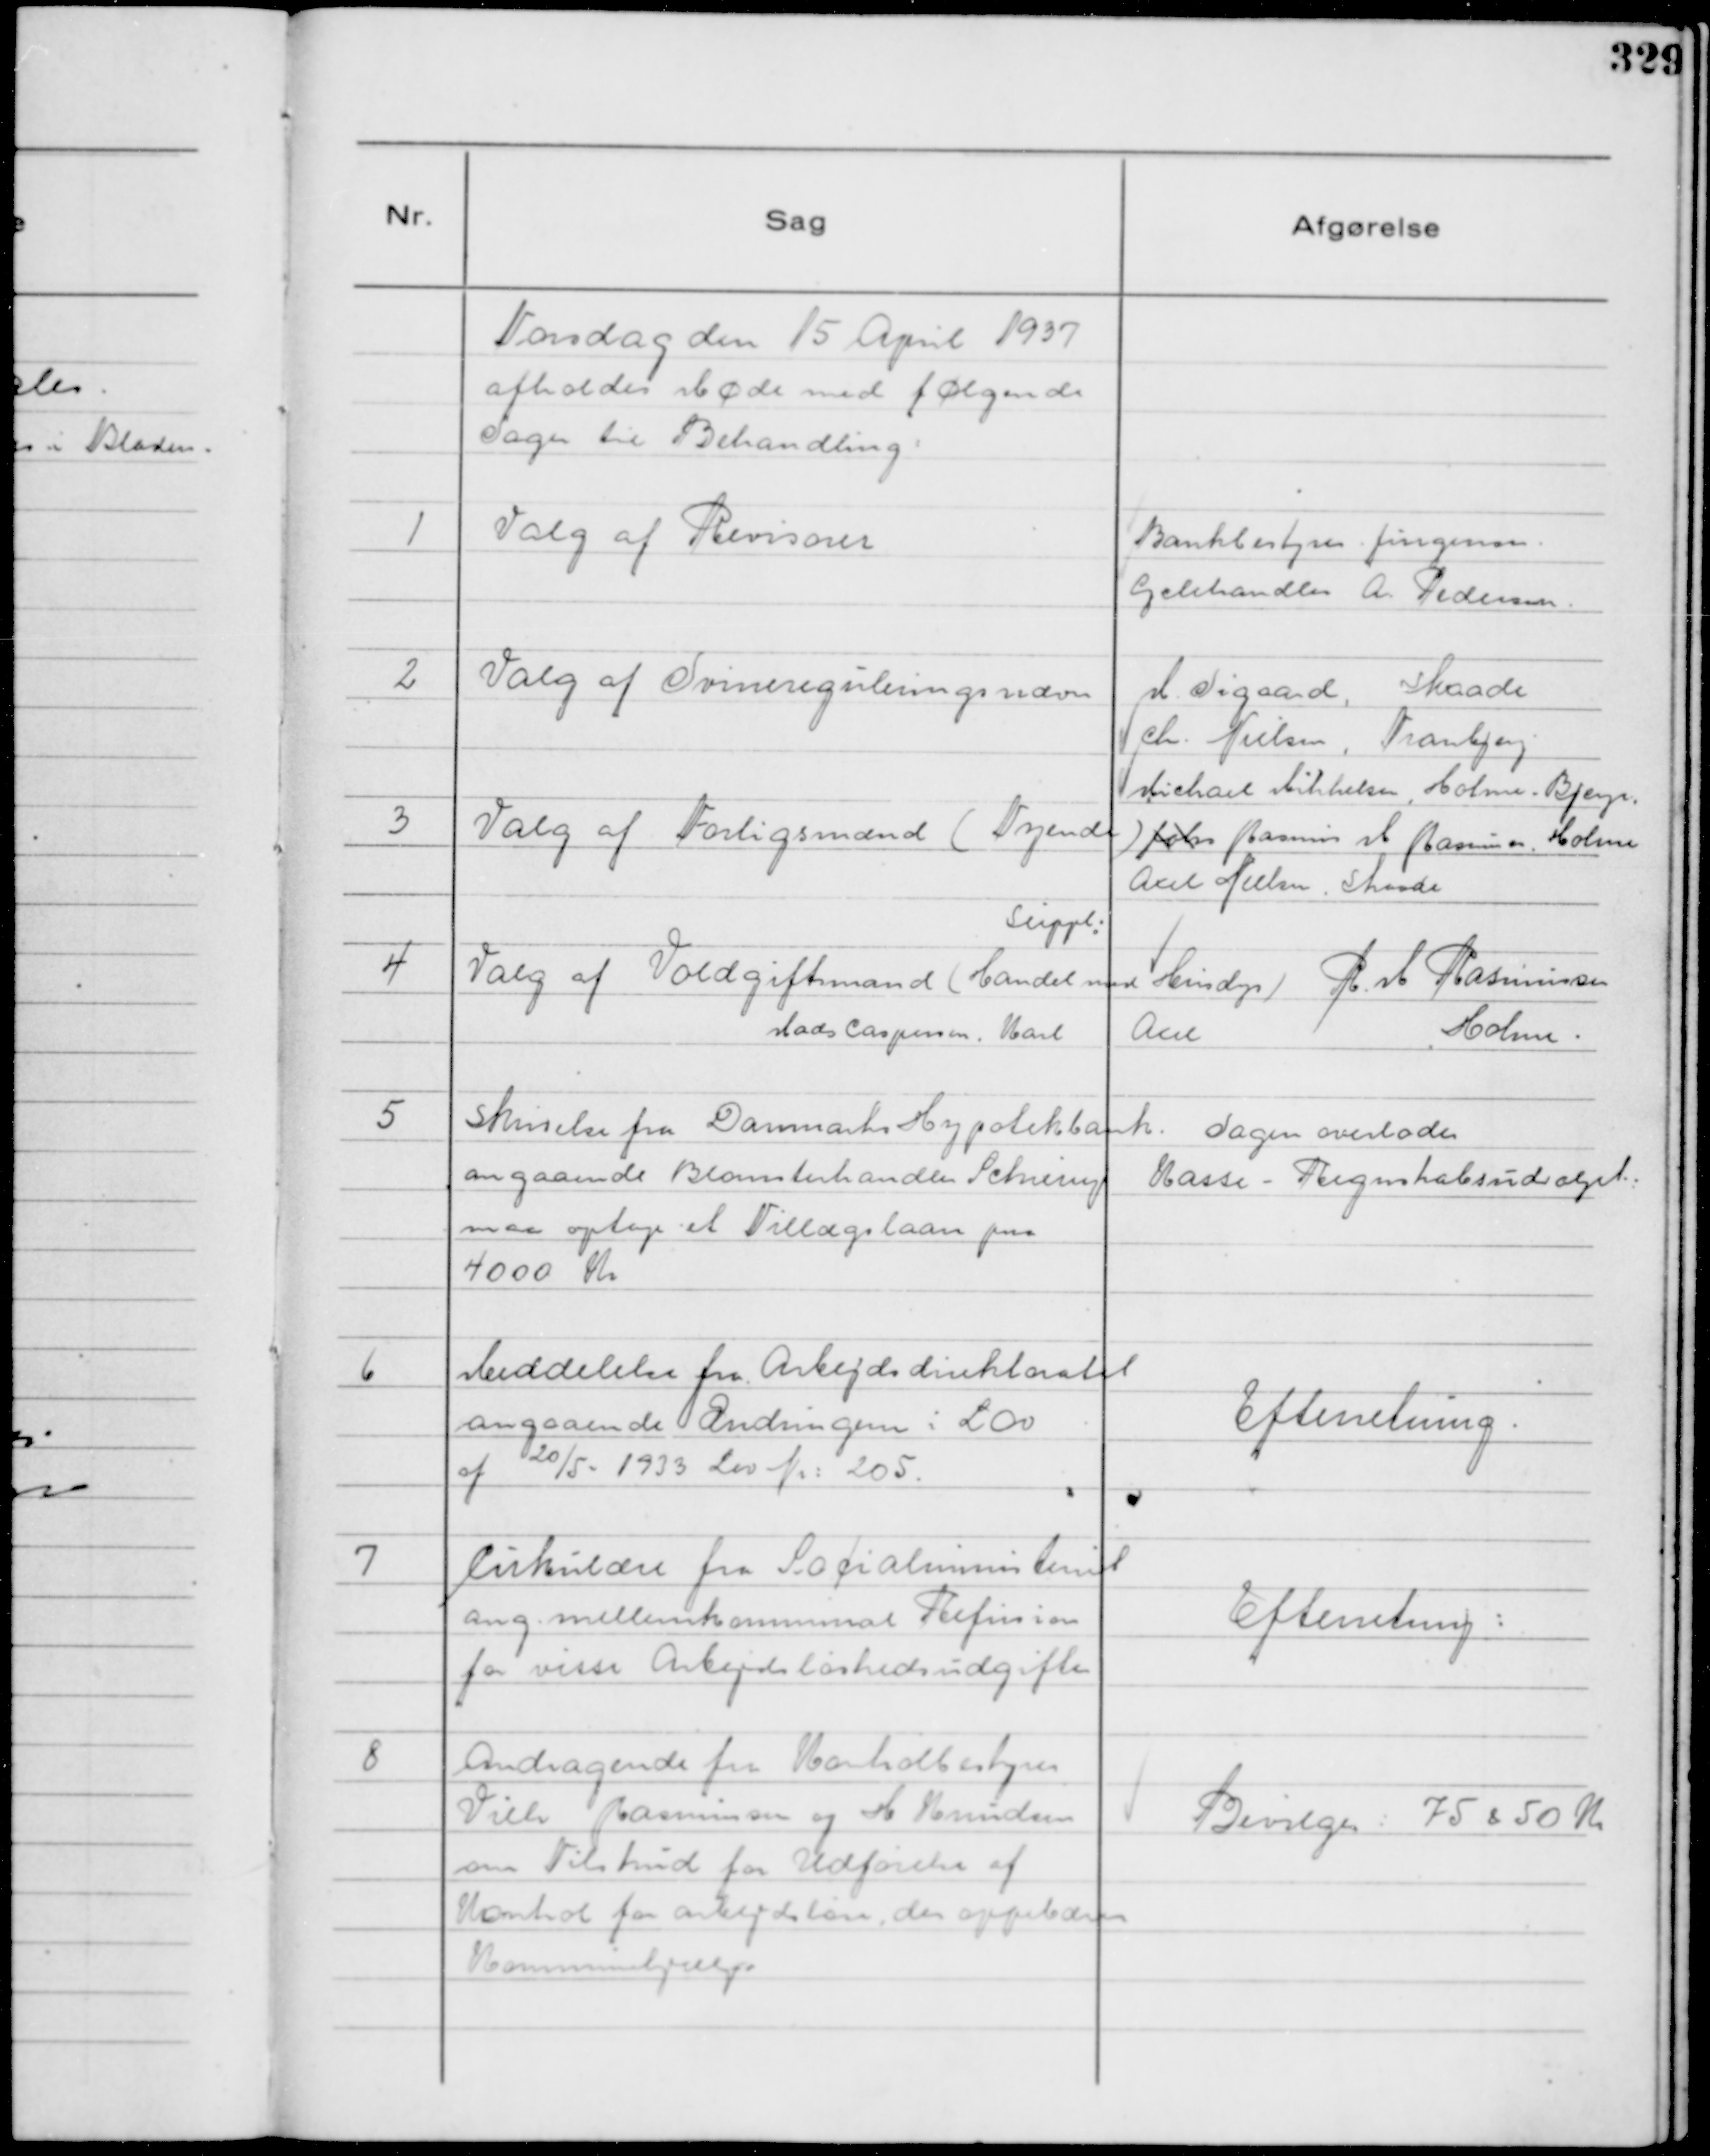
Transskription:
Torsdag den 15 April 1937
afholdes Møde med følgende
Sager til Behandling:

1
Valg af Revisorer

Bankbestyrer Jürgensen.
Cyclehandler A Pedersen.

2
Valg af Svinereguleringsnævn

M. Sigaard, Skaade
Chr Nielsen, Tranbjerg

3
Valg af Forligsmand ( Tyende )

Michael Mikkelsen, Holme Bjerge.
Johs Rasmus M Rasmussen. Holme
Axel Nielsen, Skaade

Suppl:

4
Valg af Voldgiftsmand ( Handel med Husdyr )

R. M Rasmussen
Holme.
Mads Caspersen, Karl
Axel

5
Skrivelse fra Danmarks Hypotekbank
angaaende Blomsterhandler Schering
maa optage et Tillægslaan paa
4000 Kr

Sagen overlodes
Kasse - Regnskabsudvalget.

6
Meddelelse fra Arbejdsdirektoratet
angaaende de Ændringern i Lov
af 20/5 - 1933 Lov Nr: 205.

Efterretning.

7
Cirkulære fra Socialministeriet
ang. mellemkommunal Refusion
for visse Arbejdsløshedsudgifter

Efterretning:

8
Andragende fra Kontrolbestyrer
Vilh Rasmussen og M Knudsen
om Tilskud for Udførelse af
Kontrol for arbejdsløse der oppebærer
Kommunalhjælp

Bevilges: 75 & 50 Kr